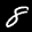
Digit: 8